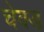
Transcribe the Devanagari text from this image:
चेक्ड